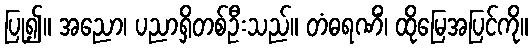
ပြု၍။ အညော၊ ပညာရှိတစ်ဦးသည်။ တံဓရဏိံ၊ ထိုမြေအပြင်ကို။